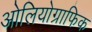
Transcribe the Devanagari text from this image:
ओलियोग्राफिक